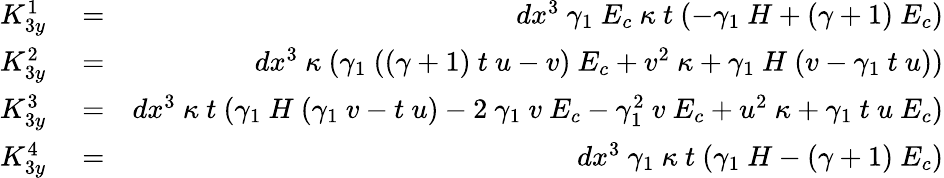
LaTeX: \begin{array}{rlr}{K_{3y}^{1}}&{{}=}&{dx^{3}~\gamma_{1}~E_{c}~\kappa~t~(-\gamma_{1}~H+(\gamma+1)~E_{c})}\\ {K_{3y}^{2}}&{{}=}&{dx^{3}~\kappa~(\gamma_{1}~((\gamma+1)~t~u-v)~E_{c}+v^{2}~\kappa+\gamma_{1}~H~(v-\gamma_{1}~t~u))}\\ {K_{3y}^{3}}&{{}=}&{dx^{3}~\kappa~t~(\gamma_{1}~H~(\gamma_{1}~v-t~u)-2~\gamma_{1}~v~E_{c}-\gamma_{1}^{2}~v~E_{c}+u^{2}~\kappa+\gamma_{1}~t~u~E_{c})}\\ {K_{3y}^{4}}&{{}=}&{dx^{3}~\gamma_{1}~\kappa~t~(\gamma_{1}~H-(\gamma+1)~E_{c})}\end{array}